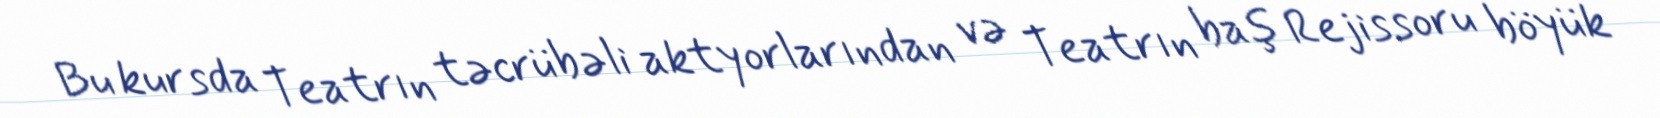
Bu kursda Teatrın təcrübəli aktyorlarından və Teatrın baş Rejissoru böyük